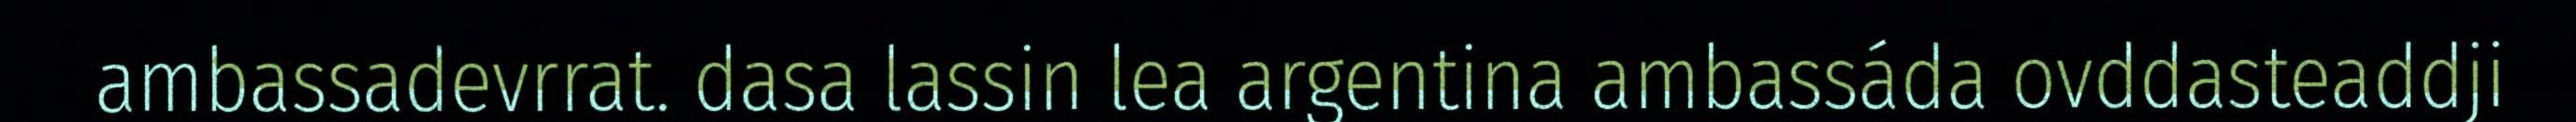
ambassadevrrat. dasa lassin lea argentina ambassáda ovddasteaddji